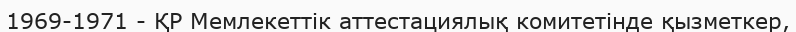
1969-1971 - ҚР Мемлекеттік аттестациялық комитетінде қызметкер,